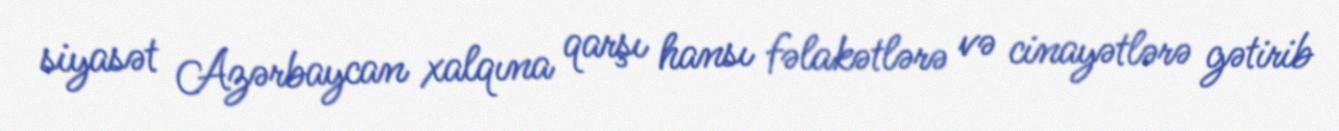
siyasət Azərbaycan xalqına qarşı hansı fəlakətlərə və cinayətlərə gətirib